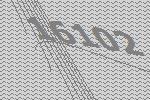
16102